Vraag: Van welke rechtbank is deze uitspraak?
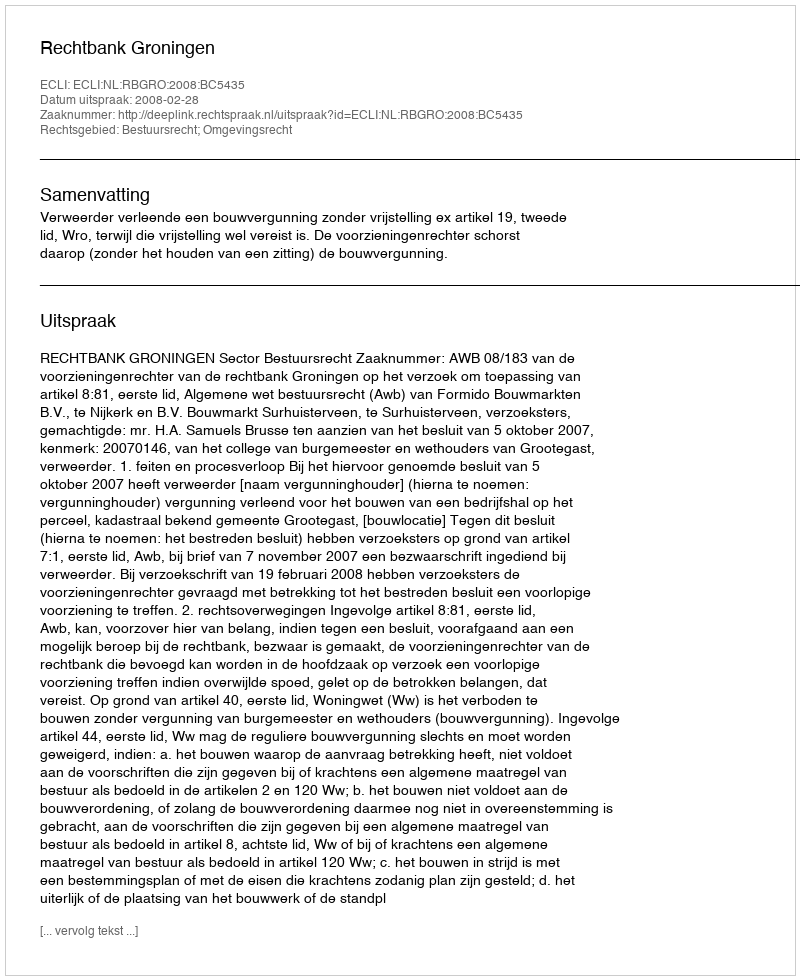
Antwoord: Rechtbank Groningen